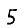
Digit: 5